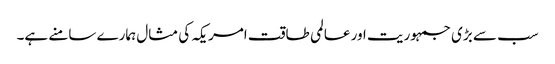
سب سے بڑی جمہوریت اور عالمی طاقت امریکہ کی مثال ہمارے سامنے ہے۔